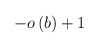
\begin{align*}-o\left( b\right) +1\end{align*}